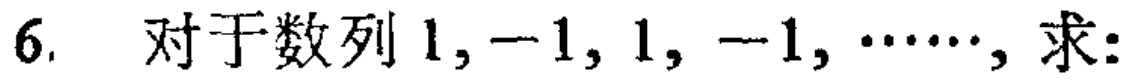
6. 对于数列 \(1, -1, 1, -1, \cdots\)，求：